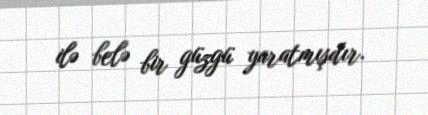
ilə belə bir güzgü yaratmışdır.